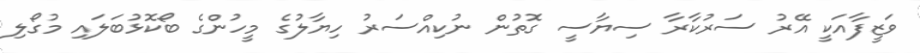
ވަޒީފާއަކީ އޭރު ސަރުކާރާ ސިޔާސީ ގޮތުން ނުކިއްސަރު ހިޔާލުގެ މީހުންގެ ބޯކޮޅުބަލައި މުގޯލި